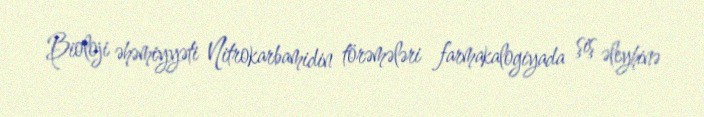
Bioloji əhəmiyyəti Nitrokarbamidin törəmələri farmakalogiyada şiş əleyhinə